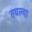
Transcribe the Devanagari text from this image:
तबल्या